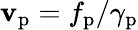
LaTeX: \mathbf{v}_{\mathrm{{p}}}=f_{\mathrm{{p}}}/\gamma_{\mathrm{{p}}}